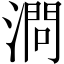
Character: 𣼶